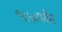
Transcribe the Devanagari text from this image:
१८५०पर्यंत